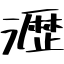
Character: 瀝